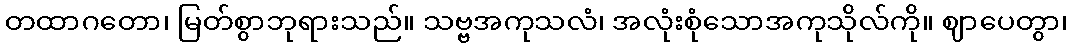
တထာဂတော၊ မြတ်စွာဘုရားသည်။ သဗ္ဗအကုသလံ၊ အလုံးစုံသောအကုသိုလ်ကို။ ဈာပေတွာ၊